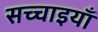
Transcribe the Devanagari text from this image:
सच्चाइयाँ